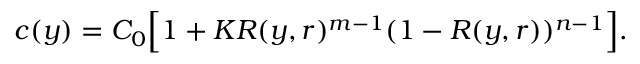
\begin{array} { r } { c ( y ) = C _ { 0 } \Big [ 1 + K R ( y , r ) ^ { m - 1 } ( 1 - R ( y , r ) ) ^ { n - 1 } \Big ] . } \end{array}